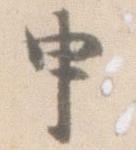
申